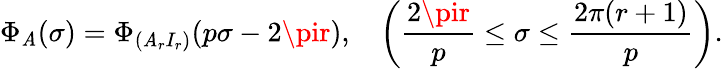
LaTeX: \Phi_{{\cal\mathit{A}}}(\sigma)=\Phi_{(\mathit{A}_{r}I_{r})}(p\sigma-2\pir),~~~\left(\frac{{2\pir}}{{p}}\leq\sigma\leq\frac{{2\pi(r+1)}}{{p}}\right).